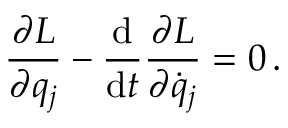
{ \frac { \partial L } { \partial q _ { j } } } - { \frac { \mathrm { d } } { \mathrm { d } t } } { \frac { \partial L } { \partial { \dot { q } } _ { j } } } = 0 \, .